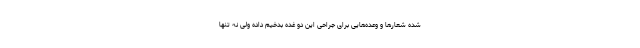
شده شعارها و وعده‌هایی برای جراحی این دو غده بدخیم داده ولی نه تنها